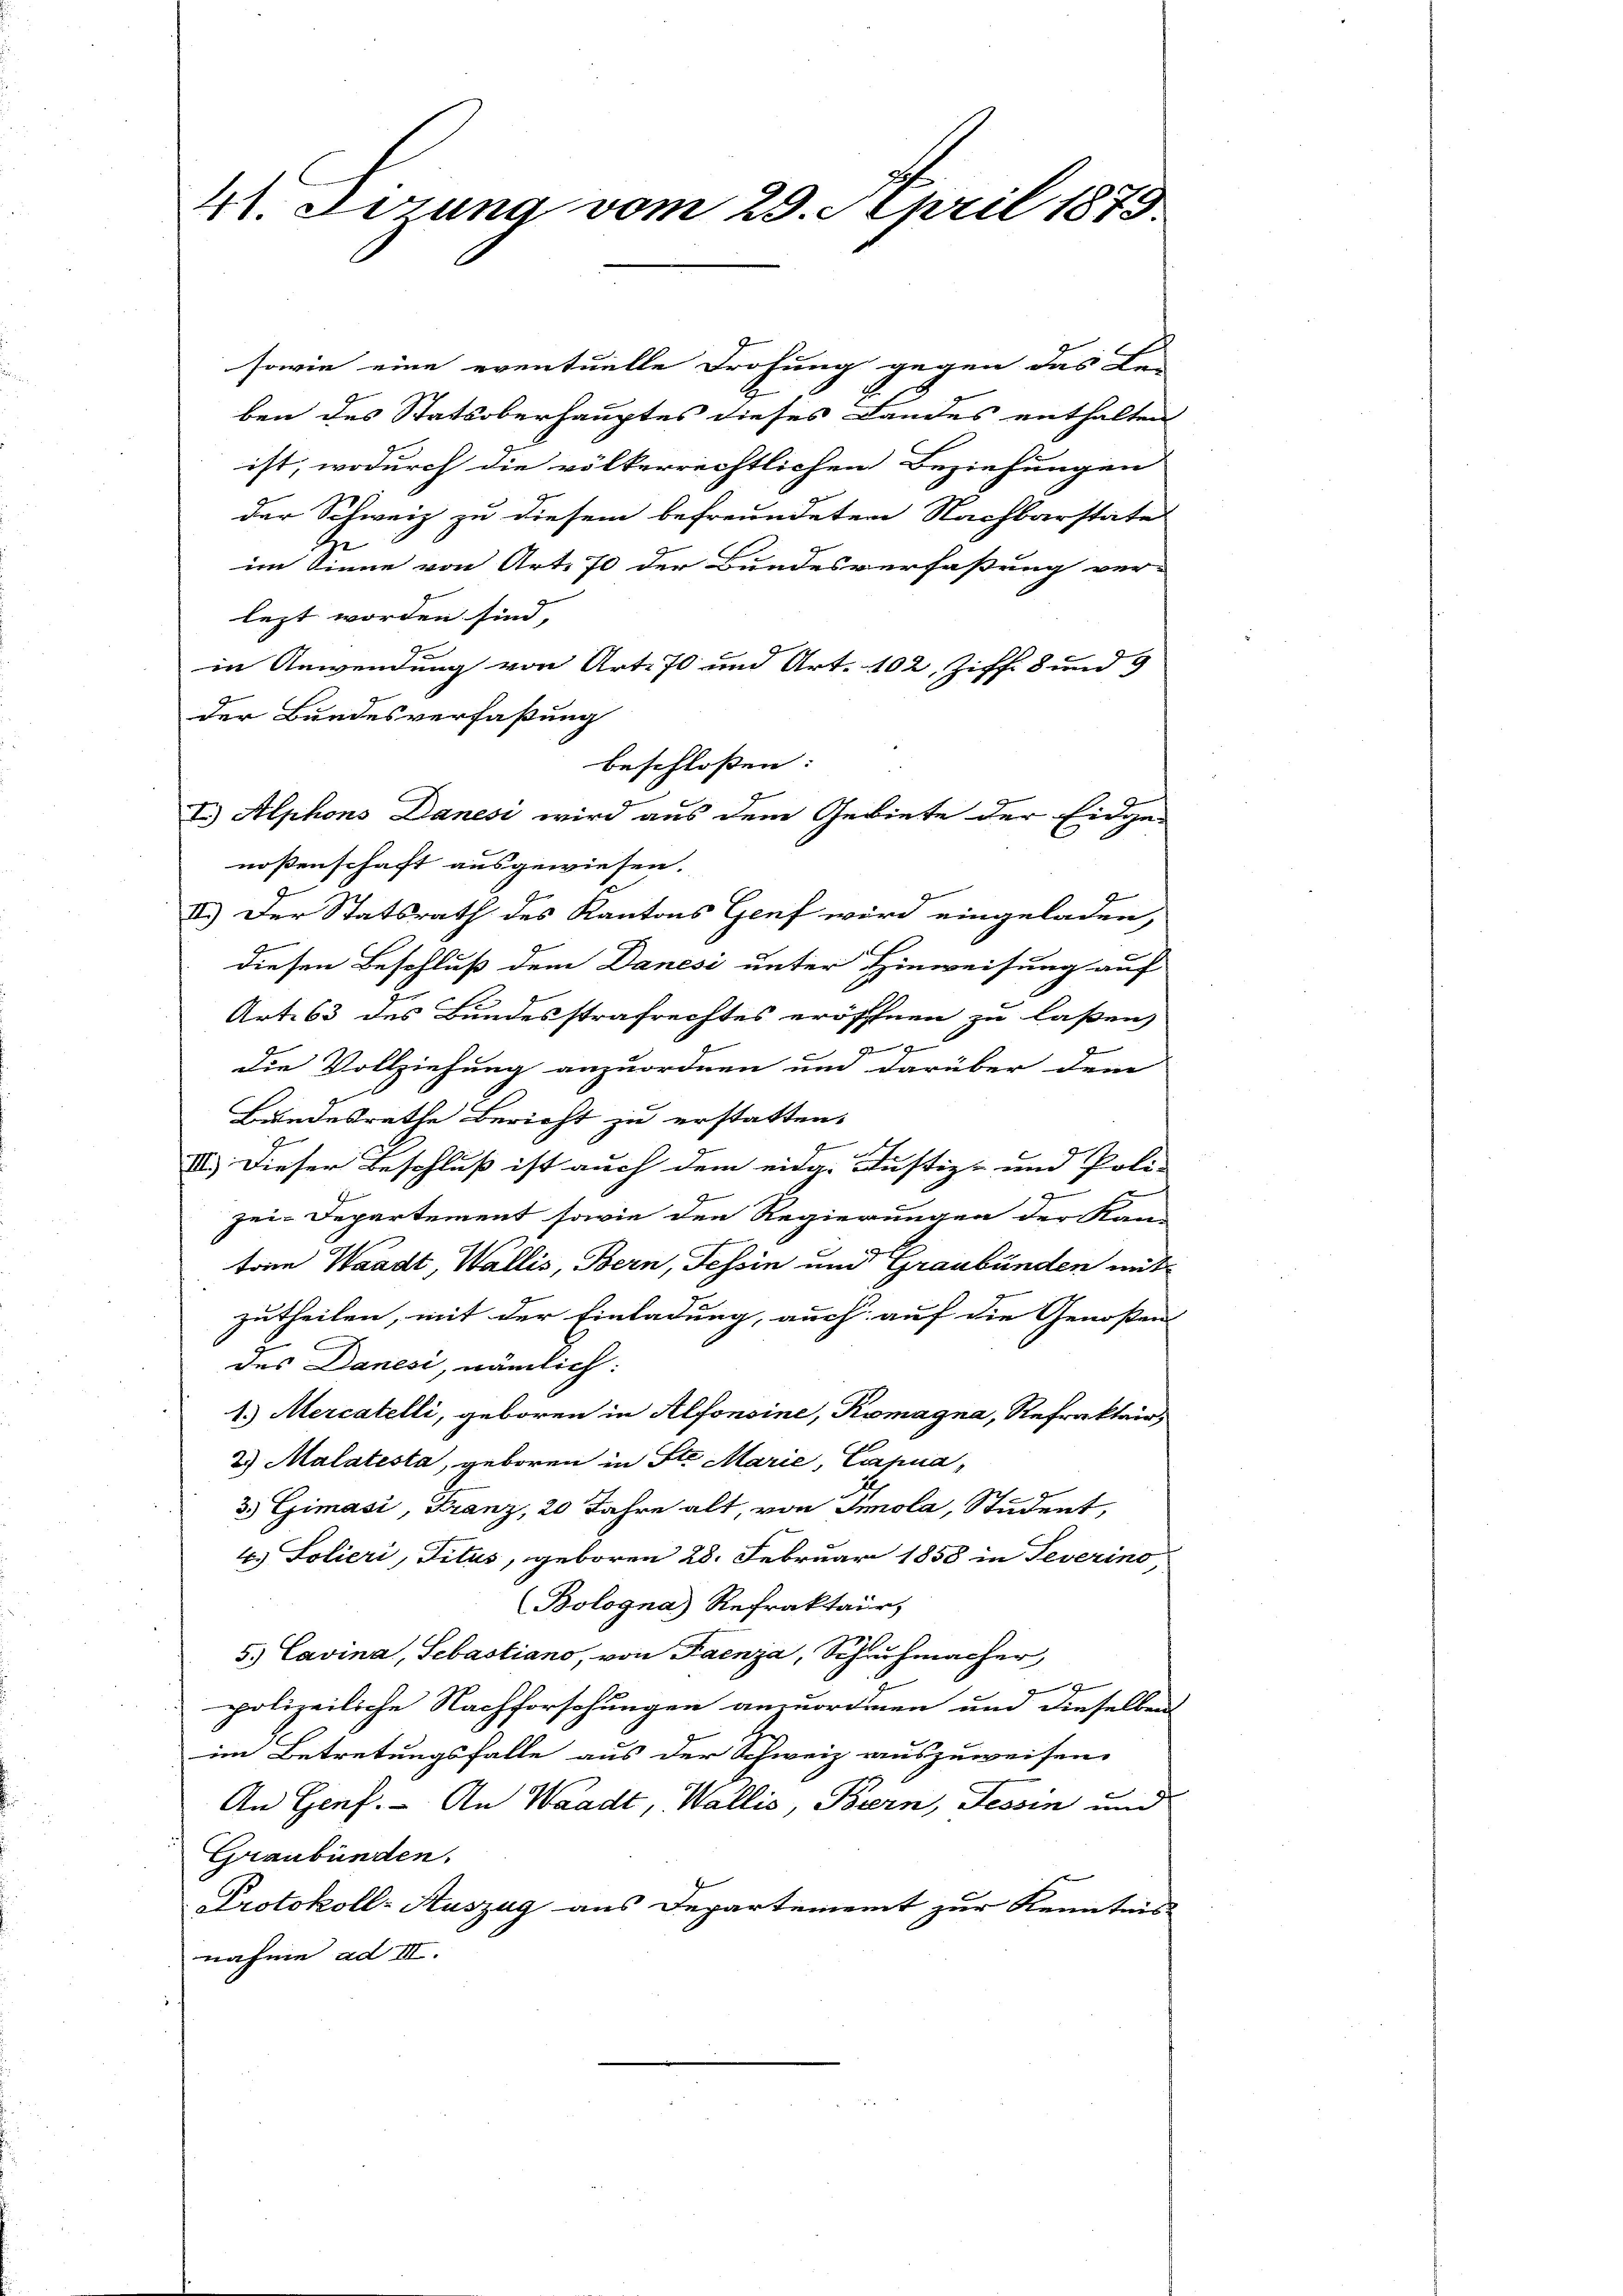
41. dirung vom 29. April 1875.

sowie eine eventuelle Drohung gegen das Lei
ben des Statsoberhauptes dieses Landes enthalten
ist, wodurch die völkerrechtlichen Beziehungen
der Schweiz zu diesem befreundeten Nachbarstate
B
im Sinne von Art. 70 der Bundesverfaßung ver-
lezt worden sind, |
in Anwendung von Art. 70 und Art. 102, Ziff. 8 und 9
der Bundesverfaßung
beschlossen:
I.) Alphons Danesi wird aus dem Gebiete der Eidge-
noßenschaft ausgewiesen.
II.) Der Statsrath des Kantons Genf wird eingeladen,
diesen Beschluß dem Danesi unter Hinweisung auf
Art. 63 des Bundesstrafrechtes eröffnen zu laßen

die Vollziehung anzuordnen um darüber dem
Bundesrathe Bericht zu erstatten.
9
s
III. Dieser Beschluß ist auch dem eidg. Justiz- und Poli-
2
zei-Departement sowie den Regierungen der Kan-
ton Waadt, Wallis, Bern, Tessin und Graubünden mit
zutheilen, mit der Einladung, auch auf die Genoßen
des Danesi, nämlich:
1.) Mercatelli, geboren in Alfonsine, Komagna, Refraktair,
2 Malatesta, geboren in St. Marie, Capua,
3 Gimasi, Franz, 20 Jahre alt, von Smola, Student,
6.) Solieri, Titus, geboren 28. Februar 1858 in Teverino
(Bologna) Refraktair,
5.) Cavina, Sebastiano, von Faenza, Schuhmacher,

polizeiliche Nachforschungen anzuordnen und dieselben
im Betretungsfalle aus der Schweiz auszuweisen.
An Genf. - An Waadt, Wallis, Bern, Tessin und
Graubünden.
Protokoll-Auszug aus Departement zur Kenntnis
nahme ad III.